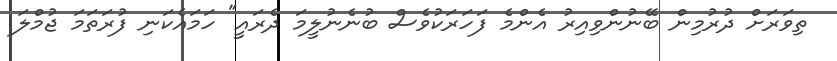
ތިވަރަށް ދުރުމިން ބޭނުންވިއިރު އެންމެ ފަހަރަކުވެސް ބުނެނުލީމަ ދެރައީ" ހަމައެކަނި ފުރަތަމަ ޖުމްލަ